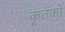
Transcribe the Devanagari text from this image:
कृतंकों